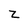
Character: z